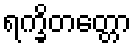
ရက္ခိတတ္တော